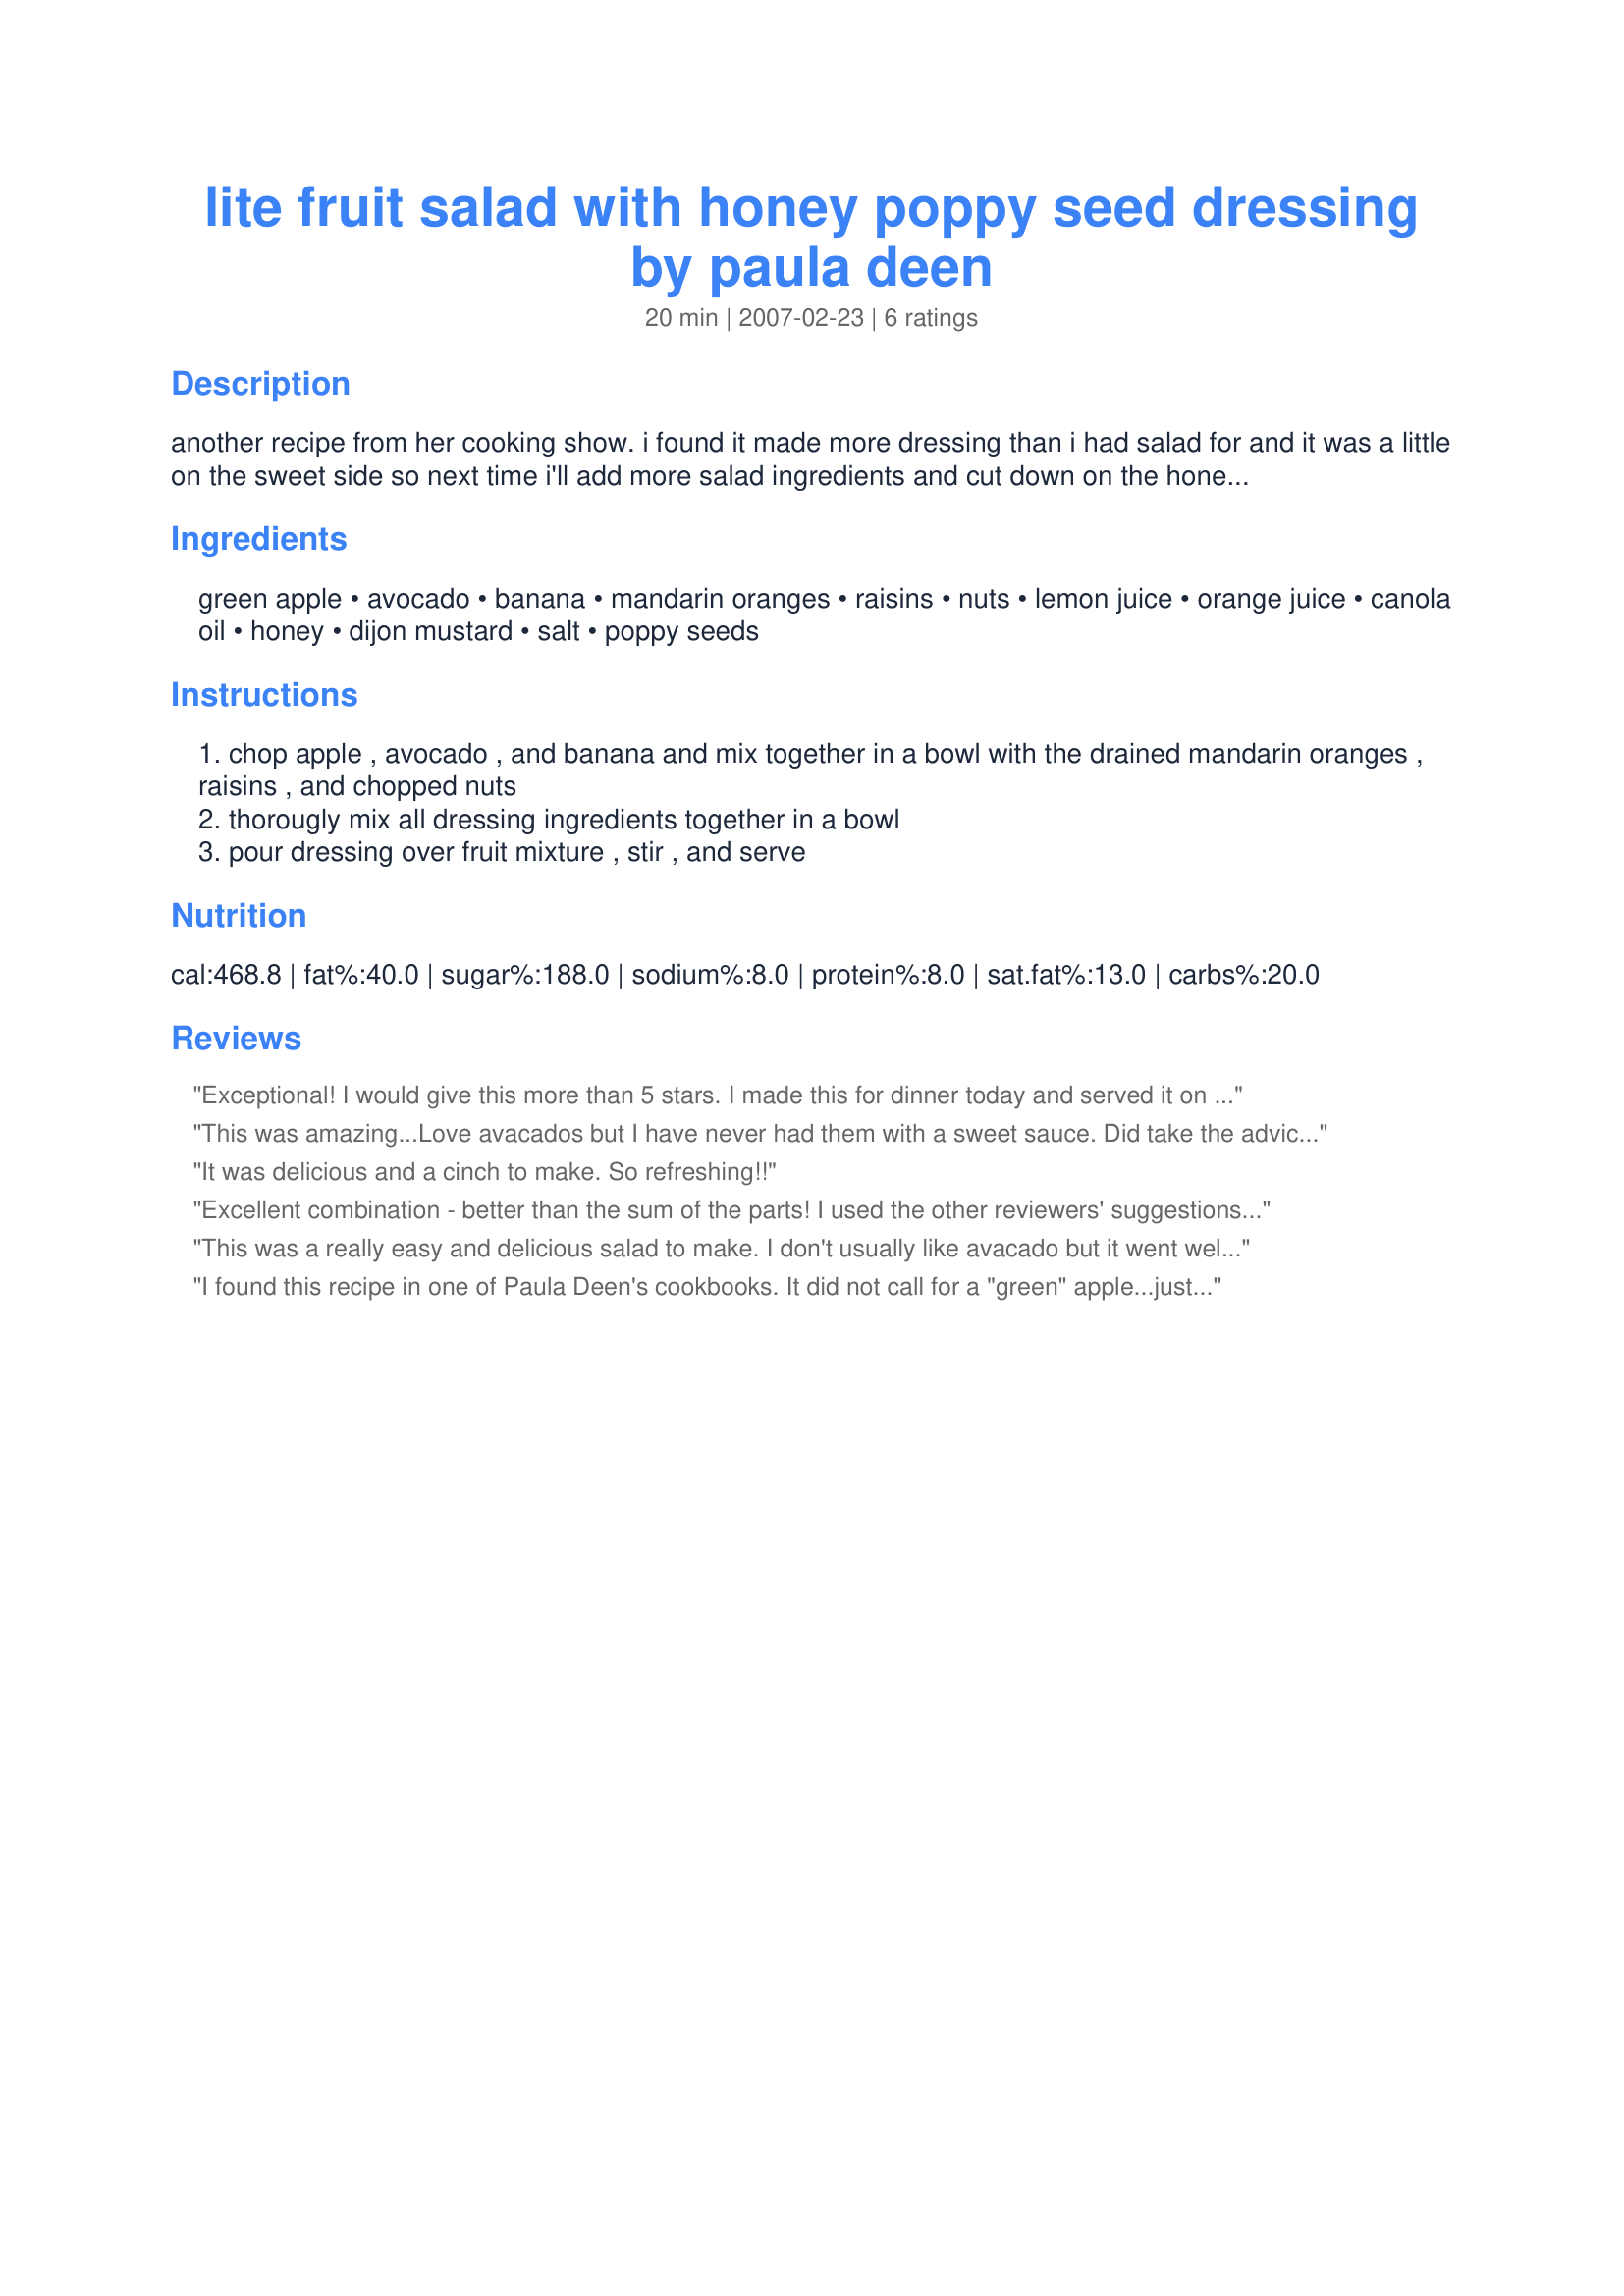
lite fruit salad with honey poppy seed dressing by paula deen
Preparation time: 20 minutes

another recipe from her cooking show. i found it made more dressing than i had salad for and it was a little on the sweet side so next time i'll add more salad ingredients and cut down on the honey, and i suppose you could even reserve the juice from the can of mandarin oranges and use that for the orange juice in the dressing.

Ingredients:
green apple, avocado, banana, mandarin oranges, raisins, nuts, lemon juice, orange juice, canola oil, honey, dijon mustard, salt, poppy seeds

Steps:
chop apple , avocado , and banana and mix together in a bowl with the drained mandarin oranges , raisins , and chopped nuts
thorougly mix all dressing ingredients together in a bowl
pour dressing over fruit mixture , stir , and serve

Reviews:
Exceptional! I would give this more than 5 stars.

I made this for dinner today and served it on a plate of spring greens with a cheese plate on the side. A wonderful light meal on a hot afternoon. Made exactly as listed. Certainly a keeper!! Thank you for posting it.
Pac-Fall07
This was amazing...Love avacados but I have never had them with a sweet sauce. Did take the advice and used the juice from the mandarin oranges. Also used slightly less honey. I could eat this every day. YUM.....Thank for posting...
It was delicious and a cinch to make. So refreshing!!
Excellent combination - better than the sum of the parts! I used the other reviewers' suggestions and used the juice from the mandarin orange can, with blood orange-flavored olive oil instead of canola. Super good - kids would probably like this!
This was a really easy and delicious salad to make. I don't usually like avacado but it went well with the dressing. I cut down on the honey a little bit and it was great. I left out the raisins though due to our guest not liking them. The nuts and the apple add a nice crunch. Thanks!
I found this recipe in one of Paula Deen's cookbooks. It did not call for a "green" apple...just an apple. I loved this, and you definately have to serve it with greens because it makes a lot of dressing.
